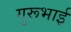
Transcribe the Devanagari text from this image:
गुरूभाई